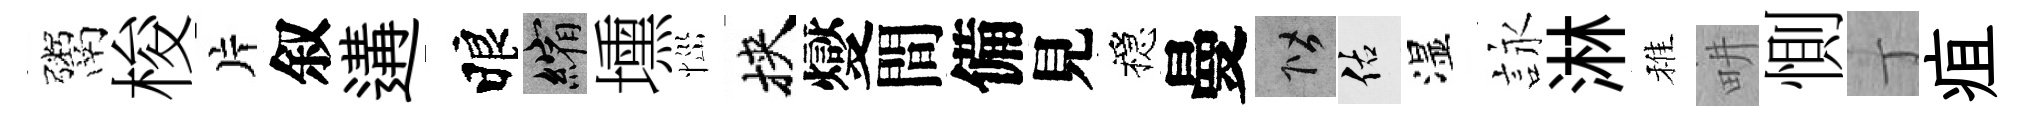
鬻梭片叙遘睱縮壎𢙉挾燮間備見穩曼階佑湿詠淋稚畊惻丁疽